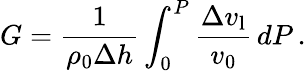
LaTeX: G=\frac{1}{\rho_{\mathrm{0}}\Delta h}\int_{0}^{P}\frac{\Delta v_{\mathrm{l}}}{v_{\mathrm{0}}}\, dP\, .